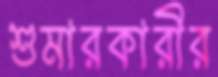
শুমারকারীর